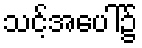
သင့်အပေါ်၌